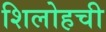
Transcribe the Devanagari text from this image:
शिलोहची